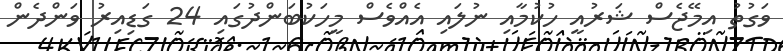
ވަގުތު އިމޭޖެސް ޝަރުއީ ހުކުމާއި ނުލައި އެއްވެސް މީހަކުބަންދުގައި 24 ގަޑިއިރު ވަންދެން